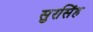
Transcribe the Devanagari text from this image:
सुरसिंह